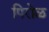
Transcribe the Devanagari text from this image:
पिरोळ